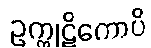
ဥက္ကုဋိကောပိ